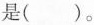
是( )。